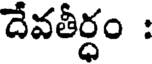
దేవతీర్ధం :